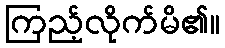
ကြည့်လိုက်မိ၏။